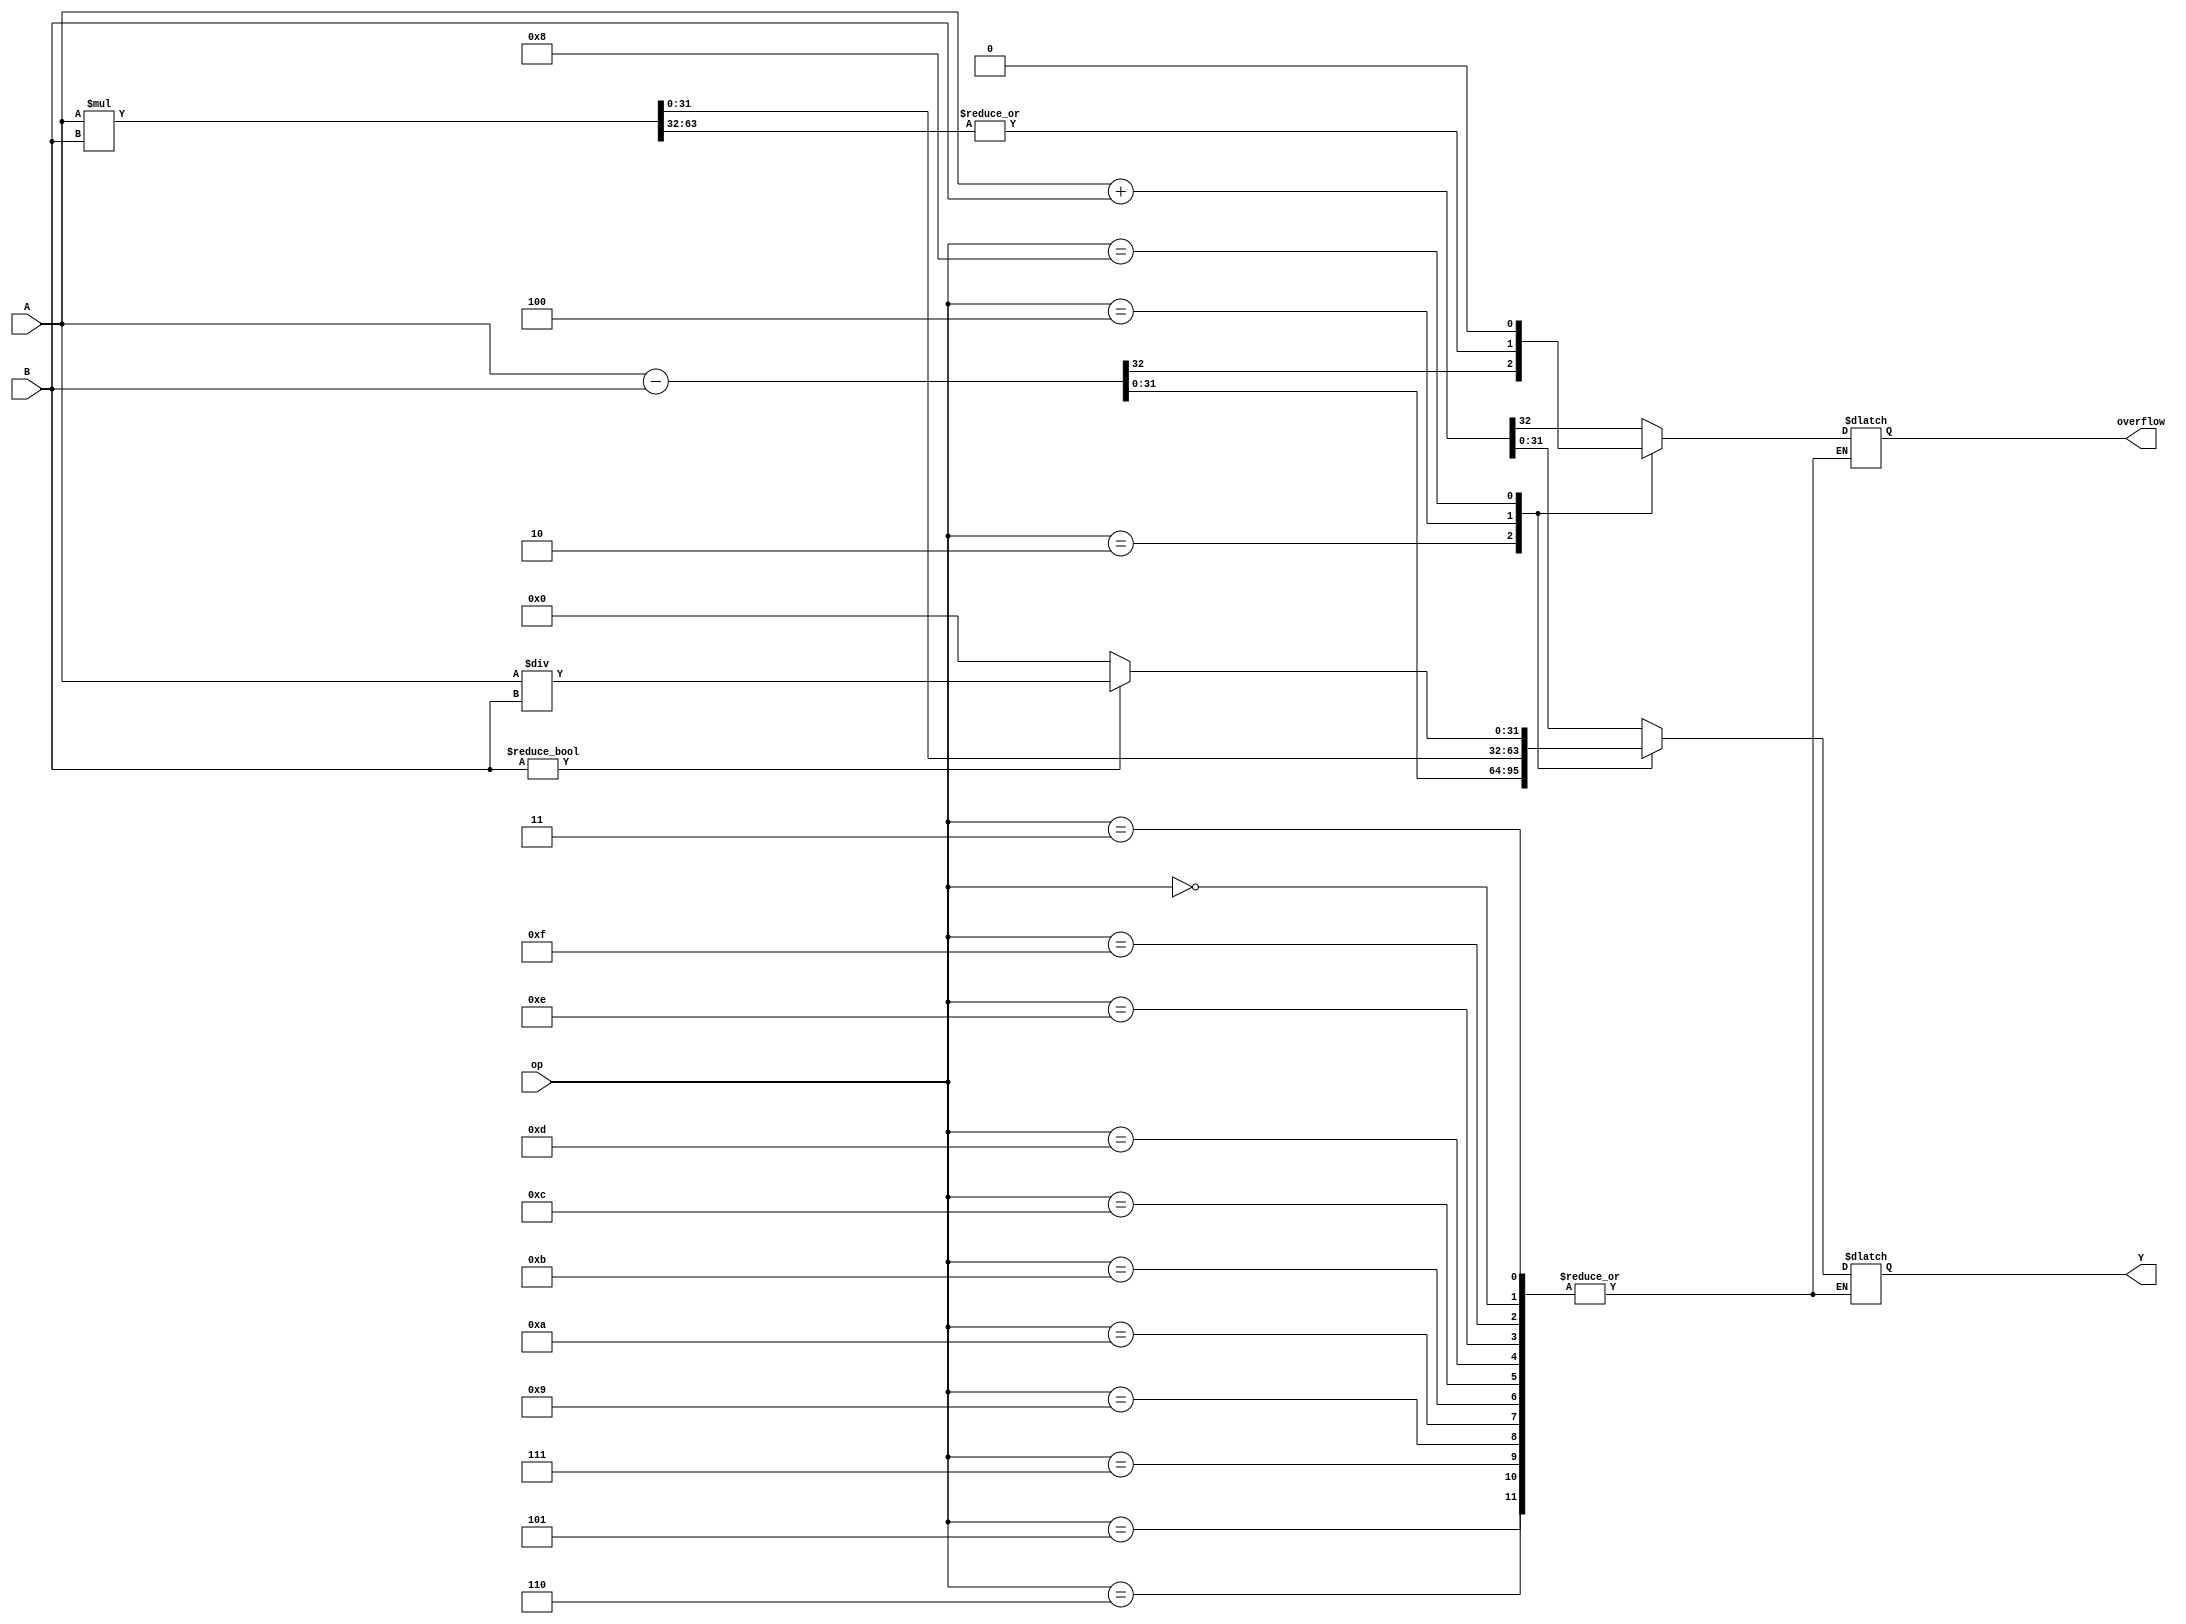
`timescale 1ns / 1ps
//////////////////////////////////////////////////////////////////////////////////
// Company: CSULB
// 
// Design Name: Stack Calculator
// Module Name: ALU
// Project Name: ALU Stack Queue Calculator
// Target Devices: Artix A-7 100T
// Tool Versions: 
// Description: 
// 
// Dependencies: 
// 
// Revision:
// Revision 0.01 - File Created
// Additional Comments:
// 
//////////////////////////////////////////////////////////////////////////////////

// ALU.v takes two signed 32-bit input values (A,B), and performs a arithmetic 
// operation based on the 4-bit op value. The resulting value is assigned to
// signed 32-bit variable Y w/ an overflow bit as MSB
module ALU(
    A,
    B,
    op,
    Y,
    overflow
    );
    
    // I/O declarations //
    input  wire [31:0] A, B; // ALU 32-bit inputs
    input  wire [3:0] op;    // ALU operation
    output reg overflow;    // overflow signal
    output reg  [31:0] Y;    // ALU 32-bit output
    
    // internal variables, calculate overflow //
    wire [63:0] temp;
    assign temp = {32'b0, A} * {32'b0, B};
    //assign temp = {1'b0,A} + {1'b0,B}; // calculate overflow 
    //assign overflow = temp[32];        // assign overflow to MSB
    
    // Arithmetic Operations //
    always @ (*) begin
        case(op)
            // 4 operations //
            4'b0001: {overflow, Y} = {1'b0, A} + {1'b0, B};  // addition
            4'b0010: {overflow, Y} = {1'b0, A} - {1'b0, B};  // subtraction
            4'b0100: {overflow, Y} = {|temp[63:32],temp[31:0]};  // multiplication
            4'b1000: begin
                overflow = 0;
                if  (B != 32'd0) Y = A / B; // division, prevent division by 0
                else Y = 32'd0;  // assigned 33-bit bc of overflow
            end
            
            // non-operation cases: maintain output //
            // added to prevent errors //                           // case values //
            4'b0000: Y=Y; 4'b0011: Y=Y; 4'b0101: Y=Y; 4'b0110: Y=Y; // 0, 3, 5, 6  //
            4'b0111: Y=Y; 4'b1001: Y=Y; 4'b1010: Y=Y; 4'b1011: Y=Y; // 7, 9, A, B  //
            4'b1100: Y=Y; 4'b1101: Y=Y; 4'b1110: Y=Y; 4'b1111: Y=Y; // C, D, E, F  //
            
            default: {overflow, Y} = 33'b0; // default Y = 0, (i.e. upon reset)
        endcase
    end
endmodule